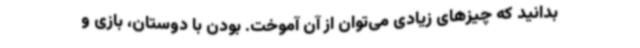
بدانید که چیزهای زیادی می‌توان از آن آموخت. بودن با دوستان، بازی و